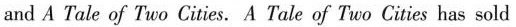
and A Tale of Two Cities. A Tale of Two Cities has sold